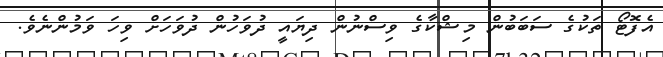
އެފޮޓޯ ތަކުގެ ސަބަބުން މިޝްކާގެ ވިސްނުން ދިޔައީ ދުވަހުން ދުވަހަށް ވިހަ ވަމުންނެވެ.